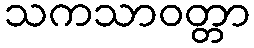
သကသာဝတ္တာ